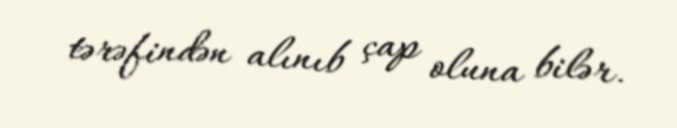
tərəfindən alınıb çap oluna bilər.